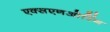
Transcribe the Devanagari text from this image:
एक्सएनओरिंग